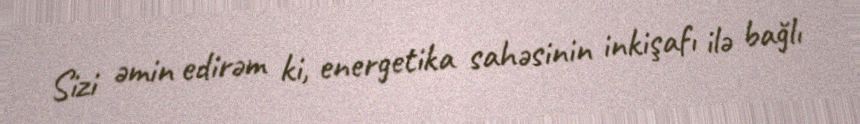
Sizi əmin edirəm ki, energetika sahəsinin inkişafı ilə bağlı